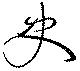
史